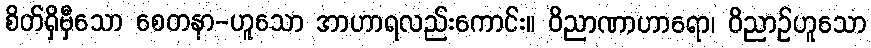
စိတ်ရှိမှီသော စေတနာ-ဟူသော အာဟာရလည်းကောင်း။ ဝိညာဏာဟာရော၊ ဝိညာဉ်ဟူသော